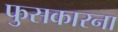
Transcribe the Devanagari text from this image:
फुसकारना